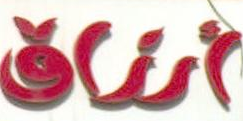
أرزاق